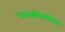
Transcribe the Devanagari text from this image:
बेरनाइसेससोबत